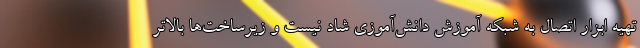
تهیه ابزار اتصال به شبکه آموزش دانش‌آموزی شاد نیست و زیرساخت‌ها بالاتر